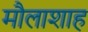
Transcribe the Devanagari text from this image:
मौलाशाह